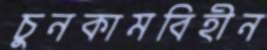
চুনকামবিহীন